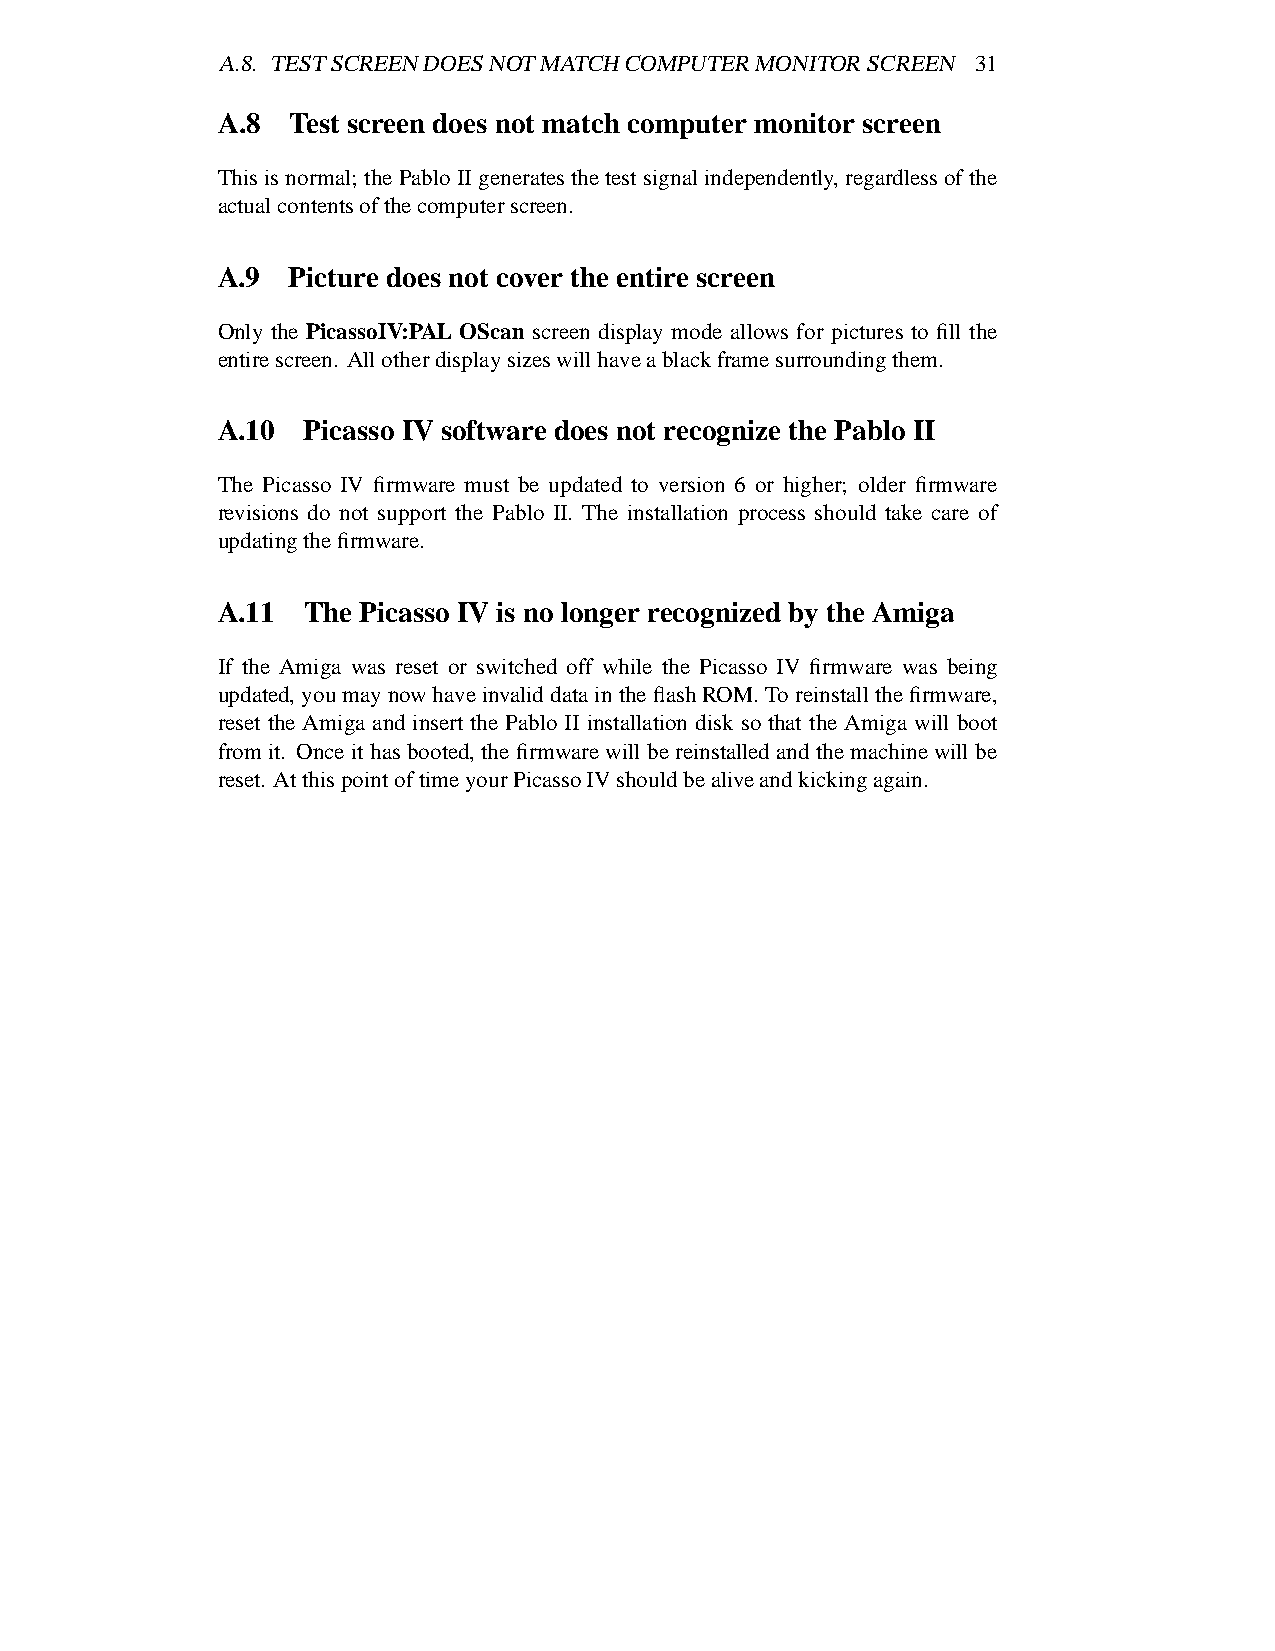
A.8. TESTSCREENDOESNOTMATCHCOMPUTERMONITORSCREEN   31
 A.8  Test screen does not match computer monitor screen
 This is normal; the Pablo II generatesthe test signalindependently, regardlessof the
 actualcontentsofthecomputerscreen.
 A.9  Picture does not cover the entire screen
 Only the PicassoIV:PAL OScan screen display mode allows for pictures to fill the
 entirescreen. Allotherdisplaysizeswillhaveablackframesurroundingthem.
 A.10  Picasso IV software does not recognize the Pablo II
 The Picasso IV firmware must be updated to version 6 or higher; older firmware
 revisions do not support the Pablo II. The installation process should take care of
 updatingthefirmware.
 A.11  The Picasso IV is no longer recognized by the Amiga
 If the Amiga was reset or switched off while the Picasso IV firmware was being
 updated,youmay nowhaveinvalid datain the flashROM. To reinstallthe firmware,
 reset the Amiga and insert the Pablo II installation disk so that the Amiga will boot
 from it. Once it has booted,the firmware will be reinstalled and the machinewill be
 reset. AtthispointoftimeyourPicassoIVshouldbealiveandkickingagain.